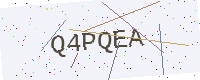
Text: Q4PQEA